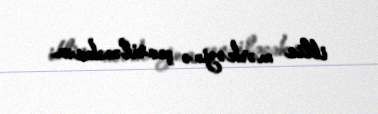
iblis mərkəzinə çevriləcəksən.